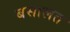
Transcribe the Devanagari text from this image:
बसालत